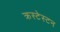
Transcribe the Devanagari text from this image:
क्रस्टेस्टन